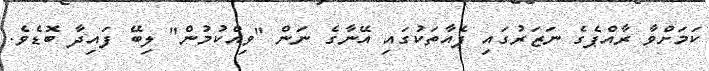
ކަމަށްވާ ރާއްޕެގެ ނަޒަރުގައި ފެއާތަކުގައި އޭނާގެ ނަން "ވިއްކުމުން" ލިބޭ ފައިދާ ބޮޑެވެ.